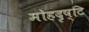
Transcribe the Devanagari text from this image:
मोहदृष्टि